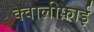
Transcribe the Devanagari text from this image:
क्वालीफ़ाई